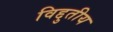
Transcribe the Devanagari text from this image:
विद्दुतीय